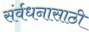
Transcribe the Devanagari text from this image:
संर्वधनासाठी